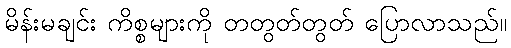
မိန်းမချင်း ကိစ္စများကို တတွတ်တွတ် ပြောလာသည်။